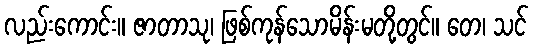
လည်းကောင်း။ ဇာတာသု၊ ဖြစ်ကုန်သောမိန်းမတို့တွင်။ တေ၊ သင်